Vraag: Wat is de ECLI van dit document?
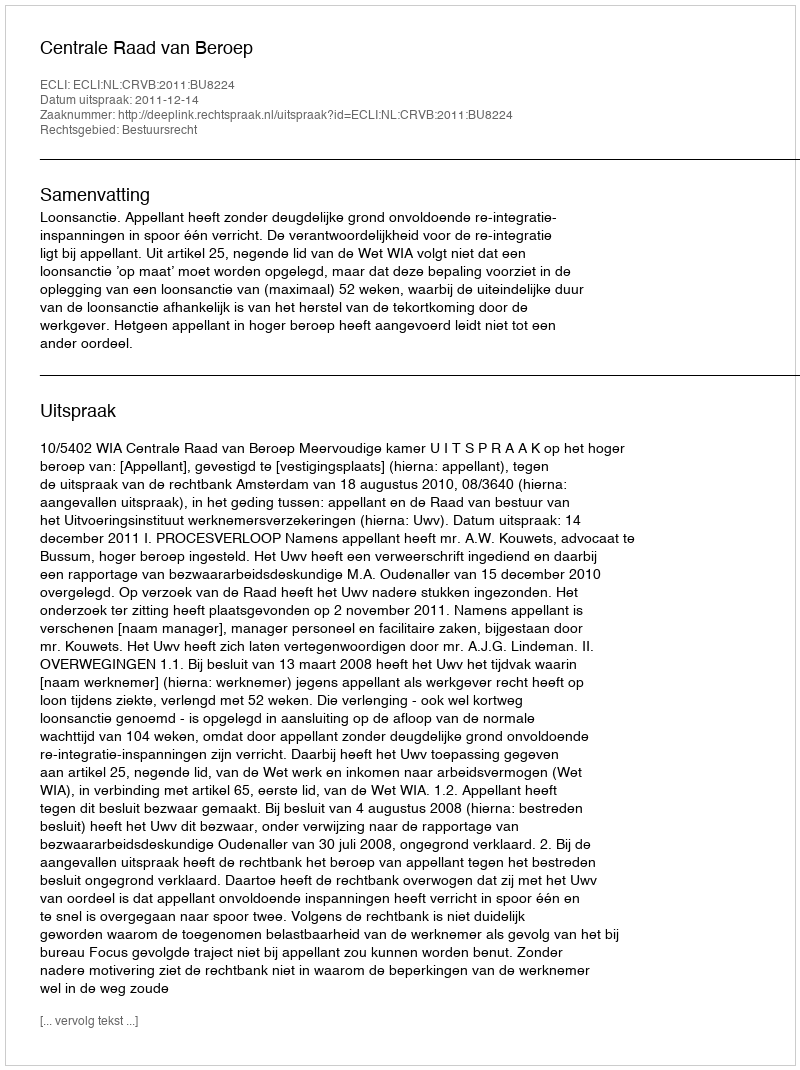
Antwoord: ECLI:NL:CRVB:2011:BU8224